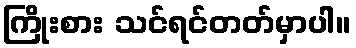
ကြိုးစား သင်ရင်တတ်မှာပါ။